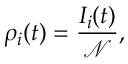
\rho _ { i } ( t ) = \frac { I _ { i } ( t ) } { \mathcal { N } } ,